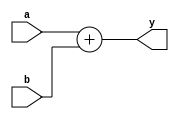
module M_PC_ADDER(input[31:0] a, b, output[31:0] y);
    assign y = a + b;
endmodule